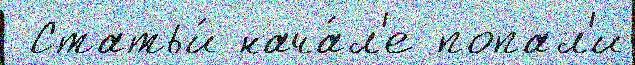
 Статьи́ нача́л'е попал'и